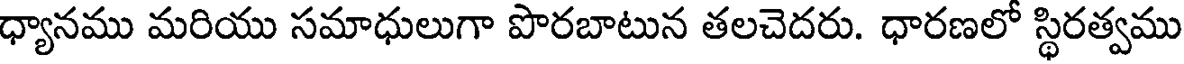
ధ్యానము మరియు సమాధులుగా పొరబాటున తలచెదరు. ధారణలో స్థిరత్వము